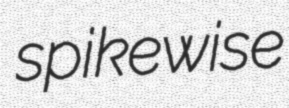
spikewise